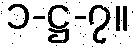
၁-ဋ္ဌ-၇။